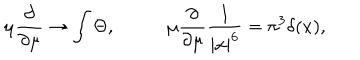
\mu { \frac { \partial } { \partial \mu } } \rightarrow \int \Theta , ~ ~ \mu { \frac { \partial } { \partial \mu } } { \frac { 1 } { | x | ^ { 6 } } } = \pi ^ { 3 } \delta ( x ) ,